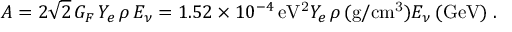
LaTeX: A = 2 \sqrt 2 \, G _ { F } \, Y _ { e } \, \rho \, E _ { \nu } = 1 . 5 2 \times 1 0 ^ { - 4 } \, \mathrm { e V ^ { 2 } } Y _ { e } \, \rho \, ( \mathrm { g / c m ^ { 3 } } ) E _ { \nu } \, ( \mathrm { G e V ) \; . }